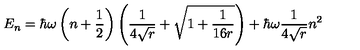
E _ { n } = \hbar \omega \left( n + \frac { 1 } { 2 } \right) \left( \frac { 1 } { 4 \sqrt { r } } + \sqrt { 1 + \frac { 1 } { 1 6 r } } \right) + \hbar \omega \frac { 1 } { 4 \sqrt { r } } n ^ { 2 }